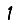
Digit: 1